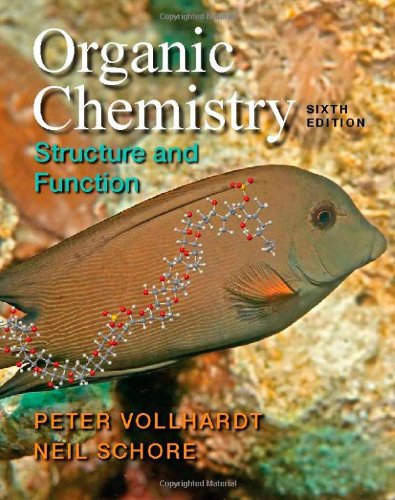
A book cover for Organic Chemistry, 6th Edition; K. Peter C. Vollhardt; Science & Math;